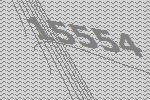
15554